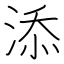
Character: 添